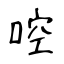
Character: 啌